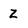
Character: Z